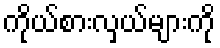
ကိုယ်စားလှယ်များကို